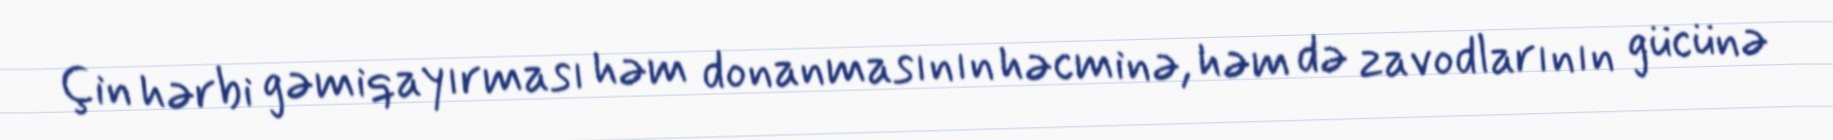
Çin hərbi gəmiqayırması həm donanmasının həcminə, həm də zavodlarının gücünə